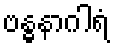
ဗန္ဓနာဂါရံ